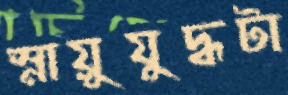
স্নায়ুযুদ্ধটা